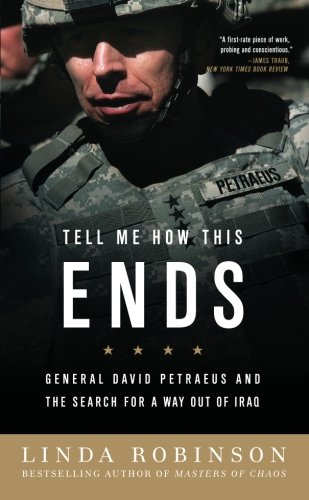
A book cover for Tell Me How This Ends: General David Petraeus and the Search for a Way Out of Iraq; Linda Robinson; History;